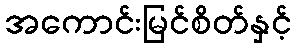
အကောင်းမြင်စိတ်နှင့်